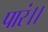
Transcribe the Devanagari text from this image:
पारं।।